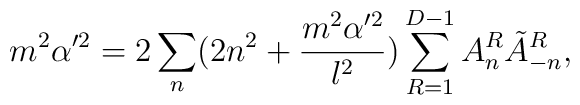
m^2\alpha'^2=2\sum_n(2n^2+\frac{m^2\alpha'^2}{l^2})\sum_{R=1}^{D-1}A_n^R\tilde{A}_{-n}^R,